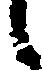
候